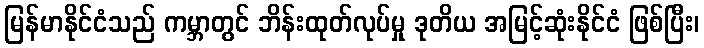
မြန်မာနိုင်ငံသည် ကမ္ဘာတွင် ဘိန်းထုတ်လုပ်မှု ဒုတိယ အမြင့်ဆုံးနိုင်ငံ ဖြစ်ပြီး၊